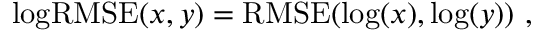
\begin{array} { r } { \mathrm { l o g R M S E } ( x , y ) = \mathrm { R M S E } ( \log ( x ) , \log ( y ) ) \ , } \end{array}